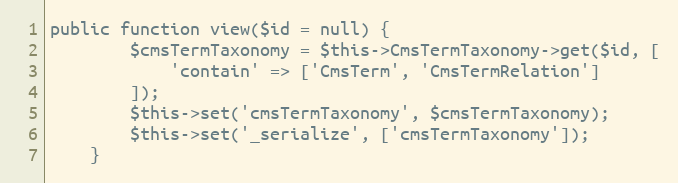
Language: PHP
public function view($id = null) {
        $cmsTermTaxonomy = $this->CmsTermTaxonomy->get($id, [
            'contain' => ['CmsTerm', 'CmsTermRelation']
        ]);
        $this->set('cmsTermTaxonomy', $cmsTermTaxonomy);
        $this->set('_serialize', ['cmsTermTaxonomy']);
    }